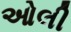
ઓલી